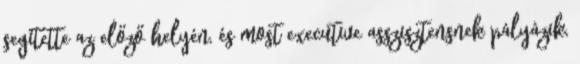
segítette az előző helyén, és most executive asszisztensnek pályázik,